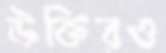
উক্তিরও